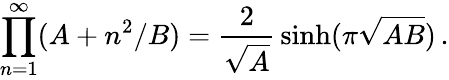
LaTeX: \prod_{n=1}^{\infty}(A+n^{2}/B)={\frac{2}{\sqrt{A}}}\sinh(\pi\sqrt{AB})\, .